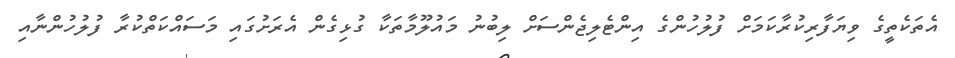
އެތަކެތީގެ ވިޔަފާރިކުރާކަމަށް ފުލުހުންގެ އިންޓެލިޖެންސަށް ލިބުނު މައުލޫމާތަކާ ގުޅިގެން އެރަށުގައި މަސައްކަތްކުރާ ފުލުހުންނާއި